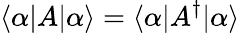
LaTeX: \langle\alpha|A|\alpha\rangle=\langle\alpha|A^{\dagger}|\alpha\rangle